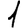
Digit: 1